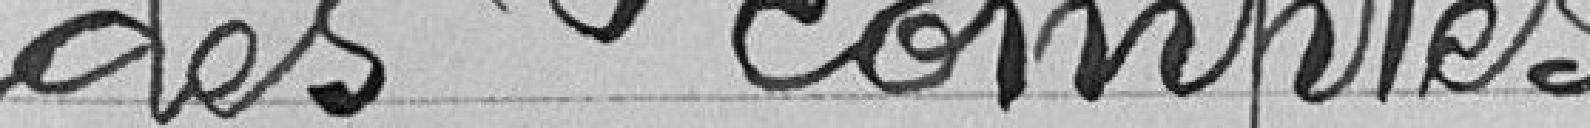
des comptes